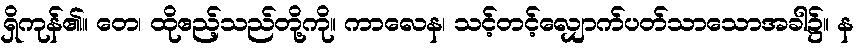
ရှိကုန်၏။ တေ၊ ထိုဧည့်သည်တို့ကို။ ကာလေန၊ သင့်တင့်လျှောက်ပတ်သာသောအခါ၌။ န